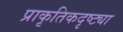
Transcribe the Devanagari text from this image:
प्राकृतिकदृष्ट्या